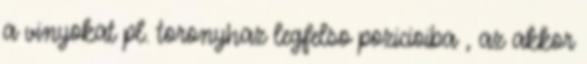
a vinyokat pl. toronyhaz legfelso pozicioiba , az akkor